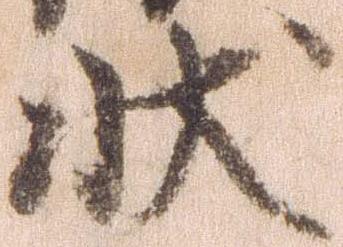
状